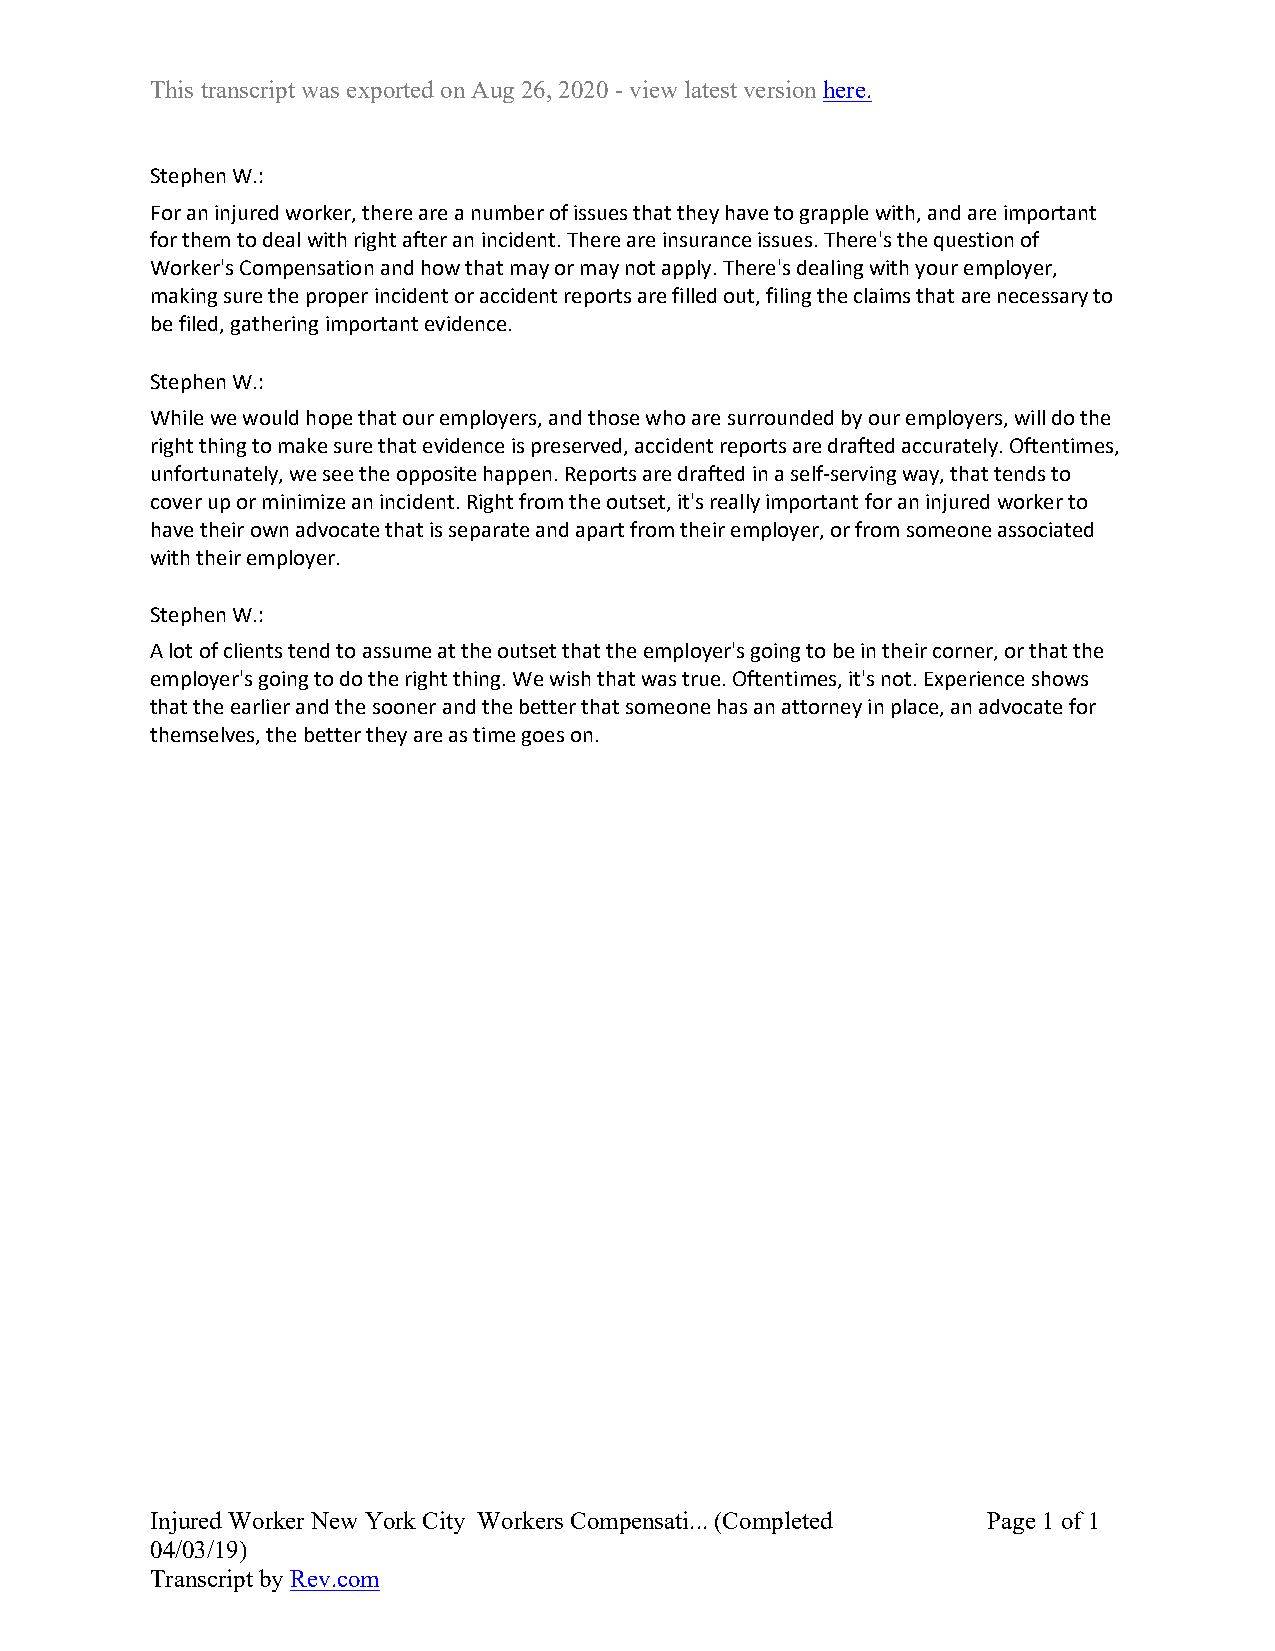
This transcript was exported on Aug 26, 2020 - view latest version here.
 Stephen W.:
 For an injured worker, there are a number of issues that they have to grapple with, and are important
 for them to deal with right after an incident. There are insurance issues. There's the question of
 Worker's Compensation and how that may or may not apply. There's dealing with your employer,
 making sure the proper incident or accident reports are filled out, filing the claims that are necessary to
 be filed, gathering important evidence.
 Stephen W.:
 While we would hope that our employers, and those who are surrounded by our employers, will do the
 right thing to make sure that evidence is preserved, accident reports are drafted accurately. Oftentimes,
 unfortunately, we see the opposite happen. Reports are drafted in a self-serving way, that tends to
 cover up or minimize an incident. Right from the outset, it's really important for an injured worker to
 have their own advocate that is separate and apart from their employer, or from someone associated
 with their employer.
 Stephen W.:
 A lot of clients tend to assume at the outset that the employer's going to be in their corner, or that the
 employer's going to do the right thing. We wish that was true. Oftentimes, it's not. Experience shows
 that the earlier and the sooner and the better that someone has an attorney in place, an advocate for
 themselves, the better they are as time goes on.
 Injured Worker New York City Workers Compensati... (Completed Page 1 of 1
 04/03/19)
 Transcript by Rev.com